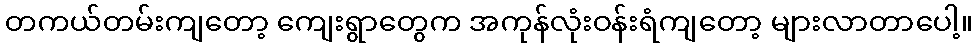
တကယ်တမ်းကျတော့ ကျေးရွာတွေက အကုန်လုံးဝန်းရံကျတော့ များလာတာပေါ့။